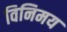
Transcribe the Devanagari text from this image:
विनिमय